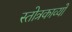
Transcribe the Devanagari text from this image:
स्तोत्रकाव्यों